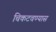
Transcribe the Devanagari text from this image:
चिकटवण्यास